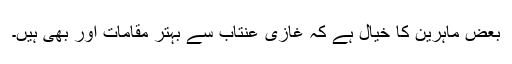
بعض ماہرین کا خیال ہے کہ غازی عنتاب سے بہتر مقامات اور بھی ہیں۔